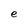
Character: e